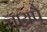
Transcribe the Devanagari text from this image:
तायपै